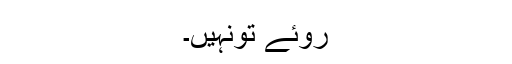
روئے تونہیں۔